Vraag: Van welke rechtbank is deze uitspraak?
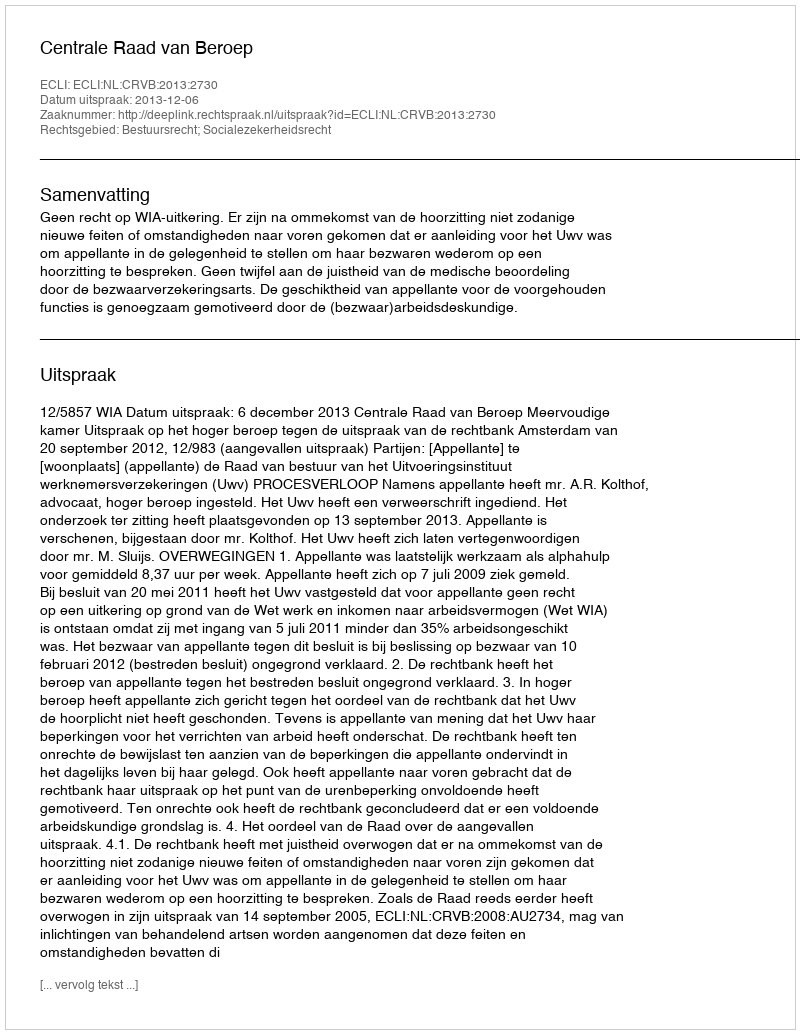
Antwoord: Centrale Raad van Beroep